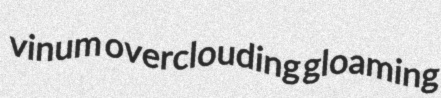
vinum overclouding gloaming